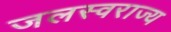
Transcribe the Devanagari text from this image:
जलस्वराज्य